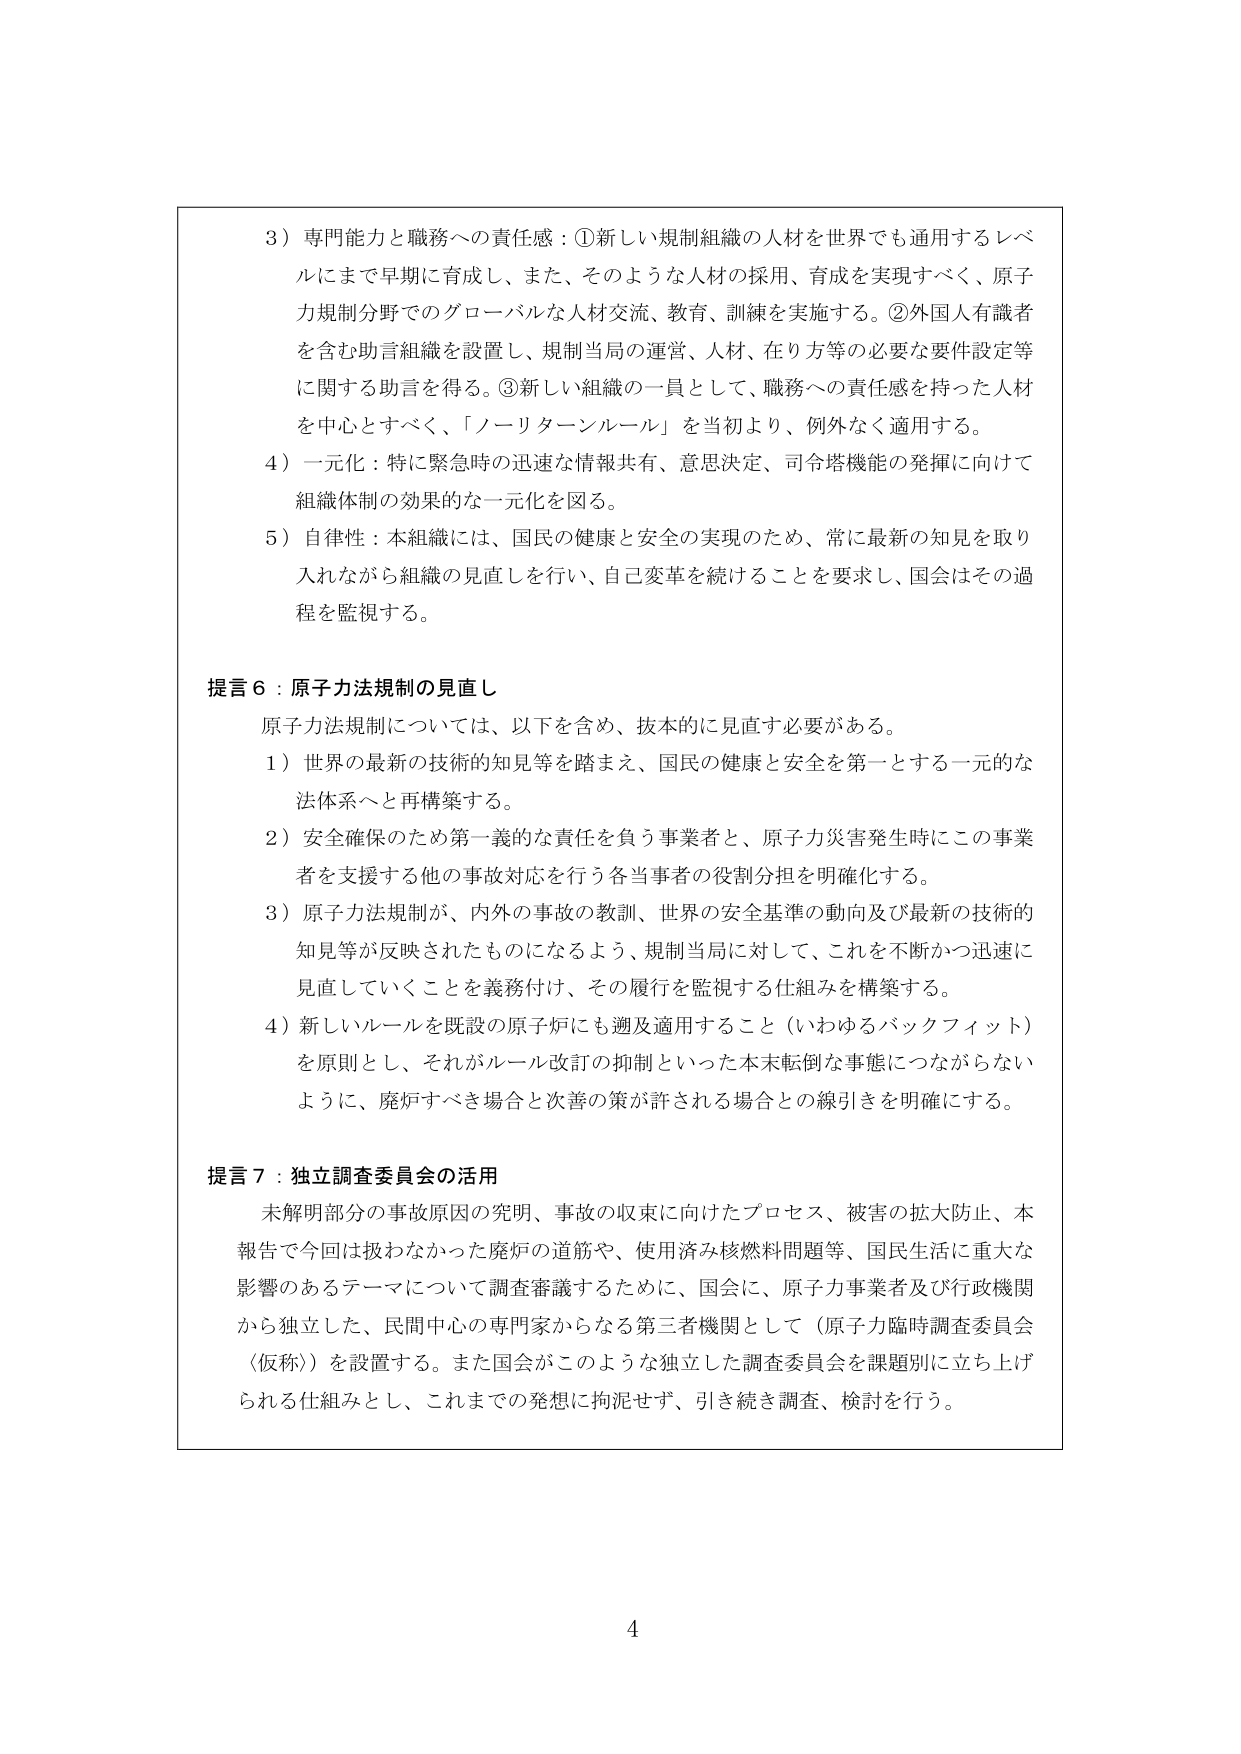
3）専門能力と職務への責任感：①新しい規制組織の人材を世界でも通用するレベルにまで早期に育成し、また、そのような人材の採用、育成を実現すべく、原子力規制分野でのグローバルな人材交流、教育、訓練を実施する。②外国人有識者を含む助言組織を設置し、規制当局の運営、人材、在り方等の必要な要件設定等に関する助言を得る。③新しい組織の一員として、職務への責任感を持った人材を中心とすべく、「ノーリターンルール」を当初より、例外なく適用する。

4）一元化：特に緊急時の迅速な情報共有、意思決定、司令塔機能の発揮に向けて組織体制の効果的な一元化を図る。

5）自律性：本組織には、国民の健康と安全の実現のため、常に最新の知見を取り入れながら組織の見直しを行い、自己変革を続けることを要求し、国会はその過程を監視する。

提言6：原子力法規制の見直し

原子力法規制については、以下を含め、抜本的に見直す必要がある。

1）世界の最新の技術的知見等を踏まえ、国民の健康と安全を第一とする一元的な法体系へと再構築する。

2）安全確保のため第一義的な責任を負う事業者と、原子力災害発生時にこの事業者を支援する他の事故対応を行う各当事者の役割分担を明確化する。

3）原子力法規制が、内外の事故の教訓、世界の安全基準の動向及び最新の技術的知見等が反映されたものになるよう、規制当局に対して、これを不断かつ迅速に見直していくことを義務付け、その履行を監視する仕組みを構築する。

4）新しいルールを既設の原子炉にも遡及適用すること（いわゆるバックフィット）を原則とし、それがルール改訂の抑制といった本末転倒な事態につながらないように、廃炉すべき場合と次善の策が許される場合との線引きを明確にする。

提言7：独立調査委員会の活用

未解明部分の事故原因の究明、事故の収束に向けたプロセス、被害の拡大防止、本報告で今回は扱わなかった廃炉の道筋や、使用済み核燃料問題等、国民生活に重大な影響のあるテーマについて調査審議するために、国会に、原子力事業者及び行政機関から独立した、民間中心の専門家からなる第三者機関として（原子力臨時調査委員会〈仮称〉）を設置する。また国会がこのような独立した調査委員会を課題別に立ち上げられる仕組みとし、これまでの発想に拘泥せず、引き続き調査、検討を行う。

4